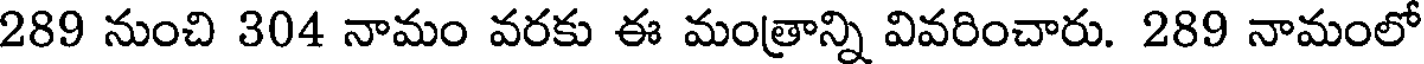
289 నుంచి 304 నామం వరకు ఈ మంత్రాన్ని వివరించారు. 289 నామంలో